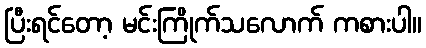
ပြီးရင်တော့ မင်းကြိုက်သလောက် ကစားပါ။